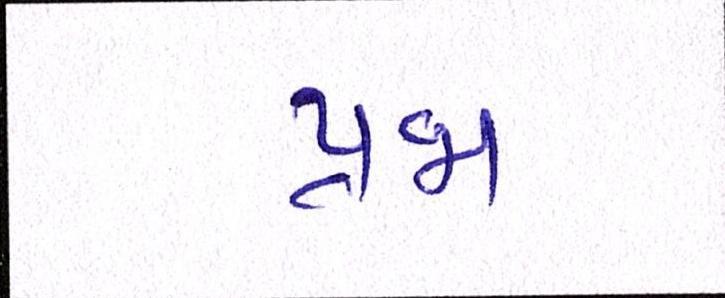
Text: પ્રજા